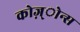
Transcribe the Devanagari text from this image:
कोज़्ोन्स